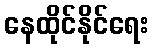
နေထိုင်နိုင်ရေး